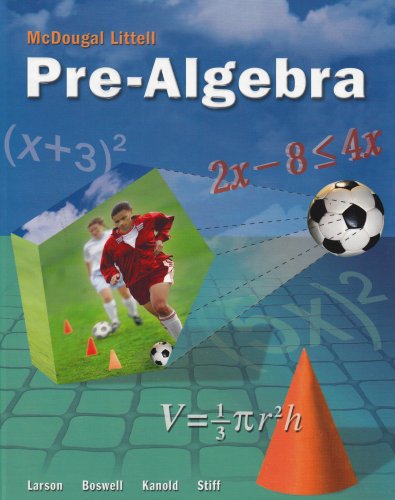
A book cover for McDougal Littell Pre-Algebra: Student Edition 2005; MCDOUGAL LITTEL; Teen & Young Adult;